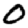
Digit: 0